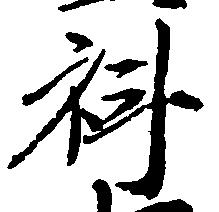
科